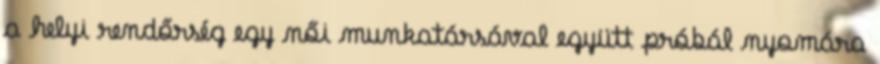
a helyi rendőrség egy női munkatársával együtt próbál nyomára